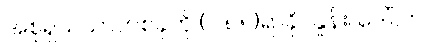
အစုရှယ်ယာတစ်ခုကို (၂.၈၅)ရာခိုင်နှုန်း၊ ဒေါ်လာ